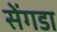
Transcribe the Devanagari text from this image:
सेंगडा